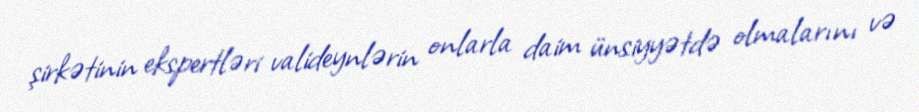
şirkətinin ekspertləri valideynlərin onlarla daim ünsiyyətdə olmalarını və